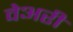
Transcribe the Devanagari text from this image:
वेअरी